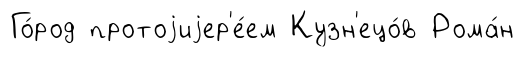
Го́род протоjиjер'е́ем Кузн'ецо́в Рома́н